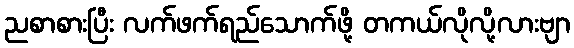
ညစာစားပြီး လက်ဖက်ရည်သောက်ဖို့ တကယ်လိုလို့လားဗျာ